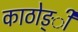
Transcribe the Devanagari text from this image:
काठोङ्ी